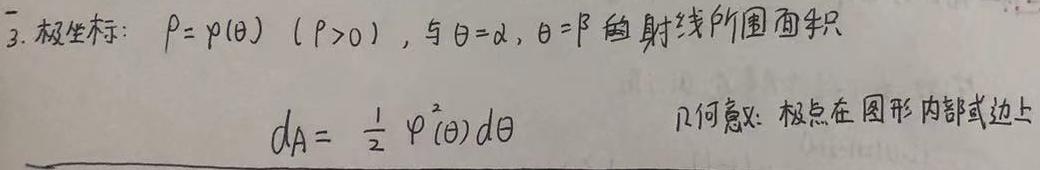
3. 极坐标：$\rho = \varphi(\theta)\ (\rho > 0)$，与$\theta = \alpha,\ \theta = \beta$ 的射线所围面积

$dA = \frac{1}{2} \varphi^{2}(\theta) d\theta$  几何意义：极点在图形内部或边上